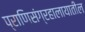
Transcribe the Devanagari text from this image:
प्राणिसंग्रहालायातील